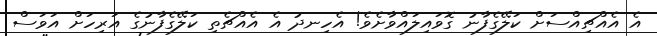
އެ އެއްޗިއްސަށް ކަލޭގެފާނު ގޮވައިލައްވާށެވެ! އެހިނދު އެ އެއްޗެތި ކަލޭގެފާނުގެ އަރިހަށް އަވަސް